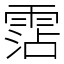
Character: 霑